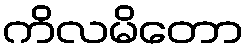
ကိလမိတော